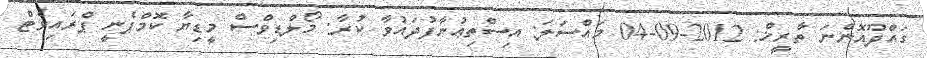
ގައްދޫއޮންނަ ތާރީޚް: 2012-09-04 މައްސަލަ: އިސްތިޢުނާފުދައުވާ ކުރާ: މޯލްޑިވްސް މީޑިޔާ ކޮމްޕެނީ ޕްރައިވެޓް